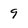
Character: 9